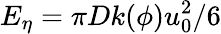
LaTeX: {{E}_{\eta}}=\pi Dk(\phi)u_{0}^{2}/6